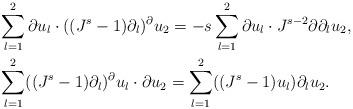
LaTeX: \begin{align*}& \sum_{l=1}^2 \partial u_l \cdot ( (J^s-1) \partial_l)^{\partial} u_2= -s \sum_{l=1}^2 \partial u_l \cdot J^{s-2} \partial \partial_l u_2, \\& \sum_{l=1}^2 ( (J^s-1) \partial_l)^{\partial} u_l \cdot \partial u_2= \sum_{l=1}^2 ( (J^s-1) u_l) \partial_l u_2.\end{align*}